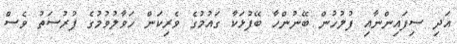
އަދި ސިފައިންނާއި ފުލުހުން ބޭނުންހާ ބޭފުޅަކާ ގައުމުގެ ވެރިކަން ހަވާލުވުމުގެ ފުރުސަތު ވެސް